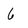
Character: 6